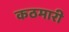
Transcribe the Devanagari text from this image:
कठमारी